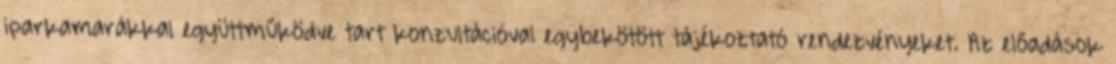
iparkamarákkal együttműködve tart konzultációval egybekötött tájékoztató rendezvényeket. Az előadások